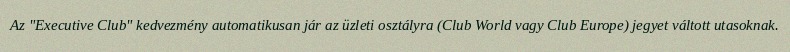
Az "Executive Club" kedvezmény automatikusan jár az üzleti osztályra (Club World vagy Club Europe) jegyet váltott utasoknak.